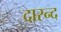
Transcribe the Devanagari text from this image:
दारन्द